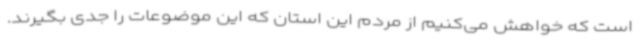
است که خواهش می‌کنیم از مردم این استان که این موضوعات را جدی بگیرند.